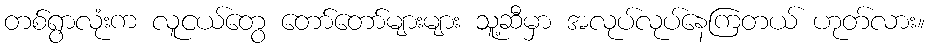
တစ်ရွာလုံးက လူငယ်တွေ တော်တော်များများ သူ့ဆီမှာ အလုပ်လုပ်နေကြတယ် ဟုတ်လား။